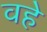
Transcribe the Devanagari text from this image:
वहे